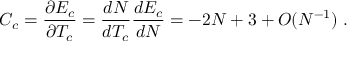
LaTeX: C _ { c } = \frac { \partial E _ { c } } { \partial T _ { c } } = \frac { d N } { d T _ { c } } \frac { d E _ { c } } { d N } = - 2 N + 3 + { \cal O } ( N ^ { - 1 } ) \; .